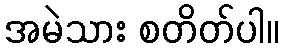
အမဲသား စတိတ်ပါ။